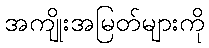
အကျိုးအမြတ်များကို